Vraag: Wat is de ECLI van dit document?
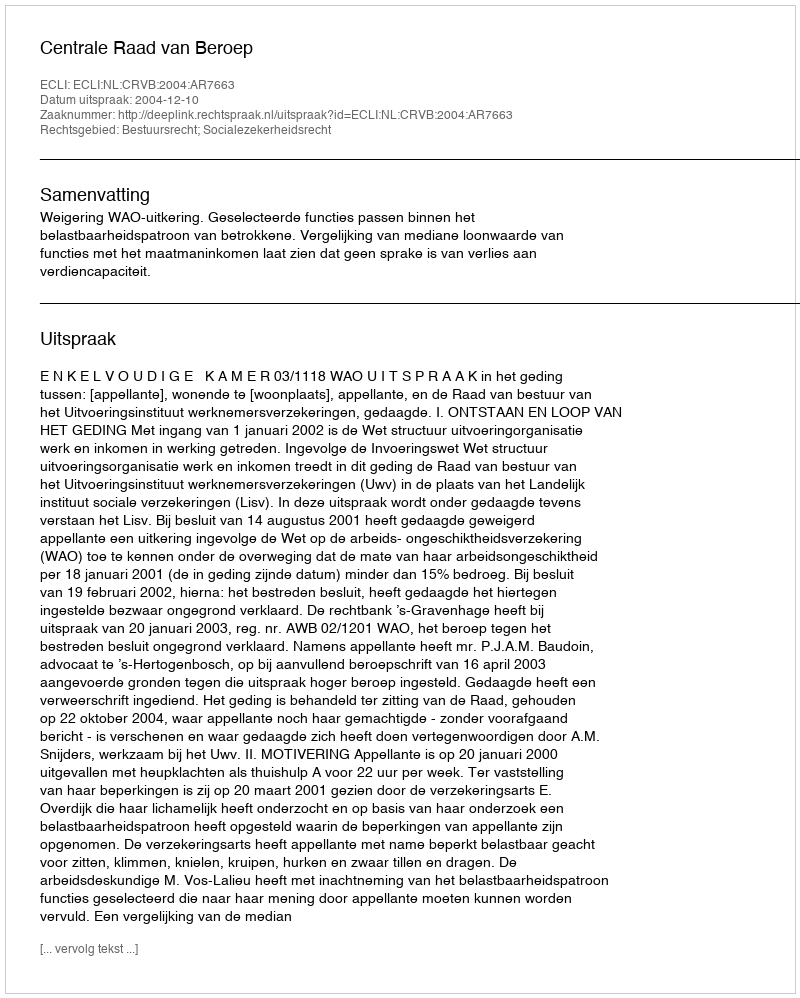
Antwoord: ECLI:NL:CRVB:2004:AR7663